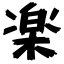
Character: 楽